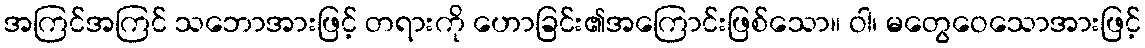
အကြင်အကြင် သဘောအားဖြင့် တရားကို ဟောခြင်း၏အကြောင်းဖြစ်သော။ ဝါ၊ မတွေဝေသောအားဖြင့်